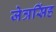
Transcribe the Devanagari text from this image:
जेत्रसिंह